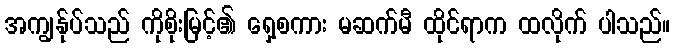
အကျွန်ုပ်သည် ကိုစိုးမြင့်၏ ရှေ့စကား မဆက်မီ ထိုင်ရာက ထလိုက် ပါသည်။